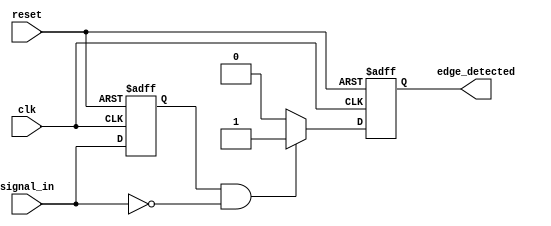
module negative_edge_detector (
    input wire clk,            // Clock input
    input wire reset,          // Asynchronous reset input
    input wire signal_in,      // Input signal to detect edges
    output reg edge_detected    // Output signal indicating edge detection
);

    reg signal_in_prev;        // Register to hold the previous state of signal_in

    // Asynchronous reset and edge detection logic
    always @(posedge clk or posedge reset) begin
        if (reset) begin
            signal_in_prev <= 1'b0; // Initialize previous state to low
            edge_detected <= 1'b0;   // Initialize edge detected to low
        end else begin
            // Edge detection logic
            if (signal_in_prev == 1'b1 && signal_in == 1'b0) begin
                edge_detected <= 1'b1; // Negative edge detected
            end else begin
                edge_detected <= 1'b0; // No edge detected
            end
            
            // Update previous state
            signal_in_prev <= signal_in; // Store current state for next cycle
        end
    end

endmodule